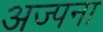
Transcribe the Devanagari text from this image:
अज्पना